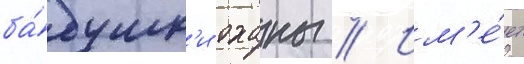
ба́бушк'и оханы // Им'е́ет